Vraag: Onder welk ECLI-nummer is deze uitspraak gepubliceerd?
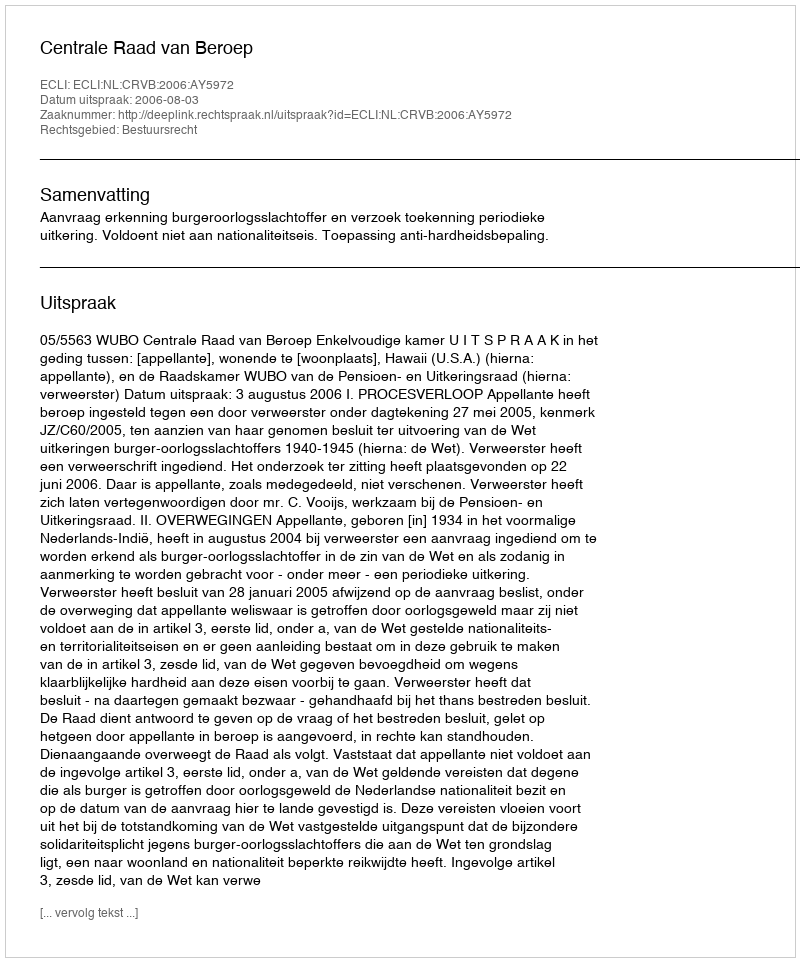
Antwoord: ECLI:NL:CRVB:2006:AY5972